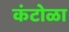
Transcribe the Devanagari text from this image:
कंटोळा